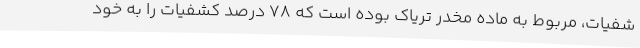
شفیات، مربوط به ماده مخدر تریاک بوده است که ۷۸ درصد کشفیات را به خود